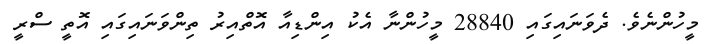
މީހުންނެވެ. ދެވަނައިގައި 28840 މީހުންނާ އެކު އިންޑިއާ އޮތްއިރު ތިންވަނައިގައި އޮތީ ސްރީ